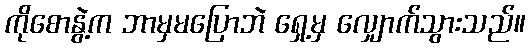
ကိုစောနွဲ့က ဘာမှမပြောဘဲ ရှေ့မှ လျှောက်သွားသည်။